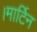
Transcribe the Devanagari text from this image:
।मार्टिन